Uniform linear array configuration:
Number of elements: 24
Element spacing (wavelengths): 0.75
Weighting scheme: cosine
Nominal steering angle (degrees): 15
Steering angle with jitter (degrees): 14.594
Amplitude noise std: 0.05
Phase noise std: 0.05

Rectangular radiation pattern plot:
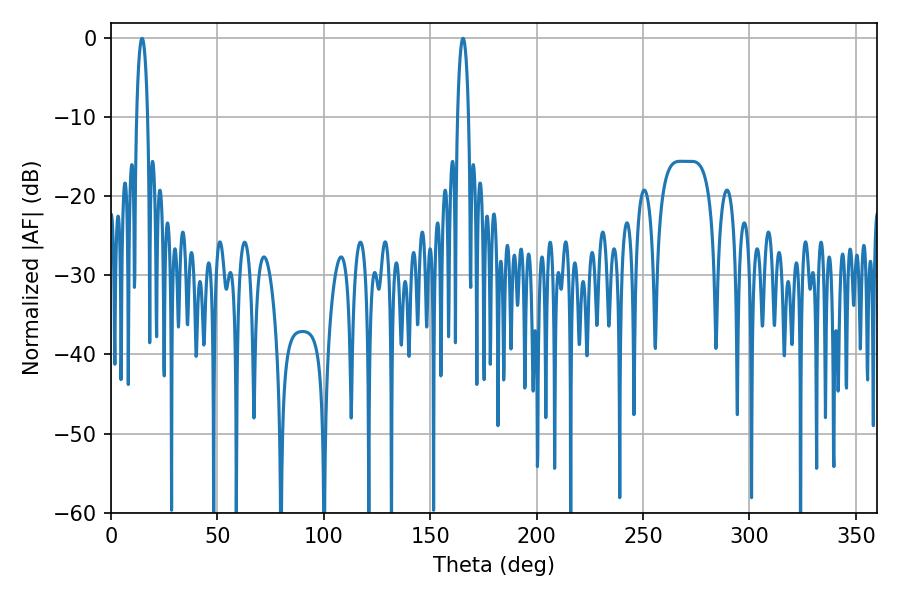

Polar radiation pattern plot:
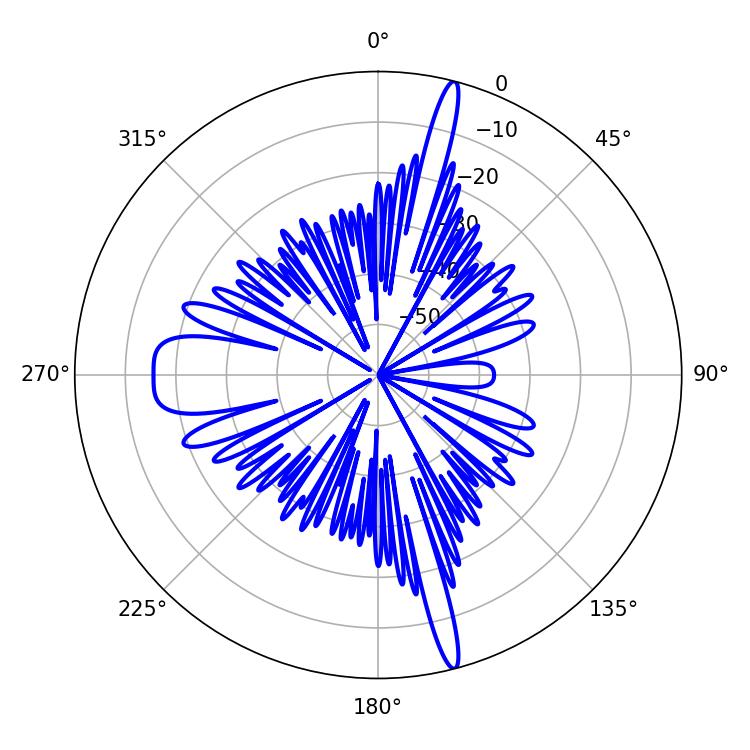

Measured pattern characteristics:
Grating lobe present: TRUE
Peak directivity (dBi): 20.594
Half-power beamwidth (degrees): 2.88
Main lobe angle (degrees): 14.58